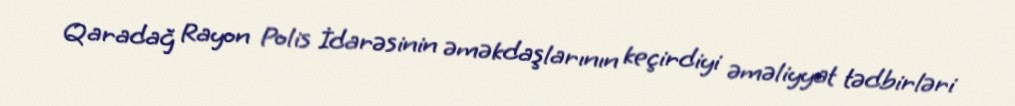
Qaradağ Rayon Polis İdarəsinin əməkdaşlarının keçirdiyi əməliyyat tədbirləri